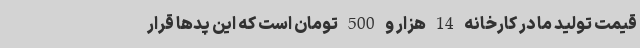
قیمت تولید ما در کارخانه 14 هزار و 500 تومان است که این پدها قرار